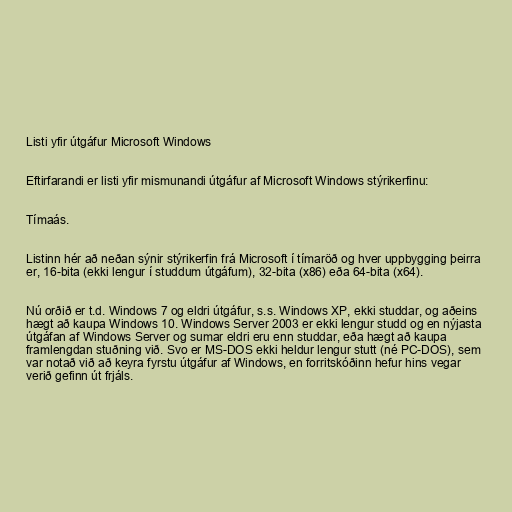
Listi yfir útgáfur Microsoft Windows

Eftirfarandi er listi yfir mismunandi útgáfur af Microsoft Windows stýrikerfinu:

Tímaás.

Listinn hér að neðan sýnir stýrikerfin frá Microsoft í tímaröð og hver uppbygging þeirra
er, 16-bita (ekki lengur í studdum útgáfum), 32-bita (x86) eða 64-bita (x64).

Nú orðið er t.d. Windows 7 og eldri útgáfur, s.s. Windows XP, ekki studdar, og aðeins
hægt að kaupa Windows 10. Windows Server 2003 er ekki lengur studd og en nýjasta
útgáfan af Windows Server og sumar eldri eru enn studdar, eða hægt að kaupa
framlengdan stuðning við. Svo er MS-DOS ekki heldur lengur stutt (né PC-DOS), sem
var notað við að keyra fyrstu útgáfur af Windows, en forritskóðinn hefur hins vegar
verið gefinn út frjáls.